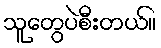
သူတွေပဲစီးတယ်။